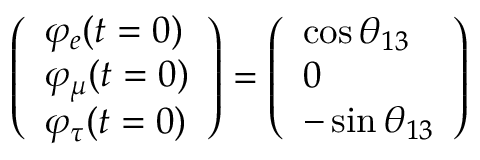
\left( \begin{array} { l } { { \varphi _ { e } ( t = 0 ) } } \\ { { \varphi _ { \mu } ( t = 0 ) } } \\ { { \varphi _ { \tau } ( t = 0 ) } } \end{array} \right) = \left( \begin{array} { l } { { \cos { \theta _ { 1 3 } } } } \\ { { 0 } } \\ { { - \sin { \theta _ { 1 3 } } } } \end{array} \right)